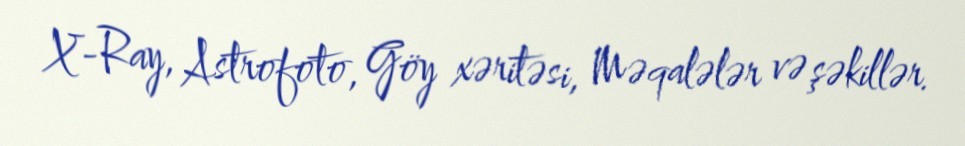
X-Ray, Astrofoto, Göy xəritəsi, Məqalələr və şəkillər.